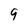
Character: 9